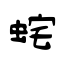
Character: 䖳